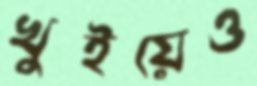
খুইয়েও